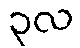
၃လ